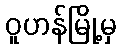
ဝူဟန်မြို့မှ